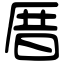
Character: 厝